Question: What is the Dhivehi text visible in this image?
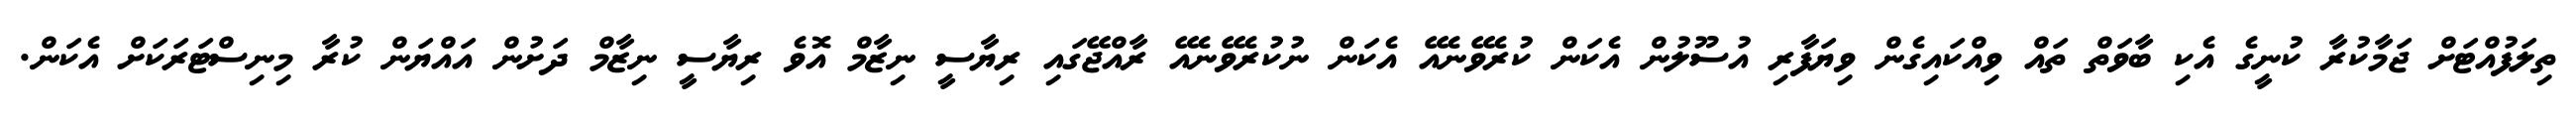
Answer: ތިލަފުއްޓަށް ޖަމާކުރާ ކުނީގެ އެކި ބާވަތް ތައް ވިއްކައިގެން ވިޔަފާރި އުސޫލުން އެކަން ކުރެވޭނެއޭ އެކަން ނުކުރެވޭނެއޭ ރާއްޖޭގައި ރިޔާސީ ނިޒާމް އޮވެ ރިޔާސީ ނިޒާމް ދަށުން އައްޔަން ކުރާ މިނިސްޓަރަކަށް އެކަން.